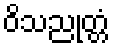
ဝိသညုတ္တံ